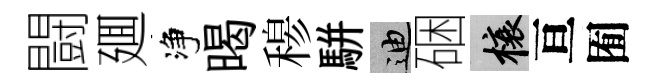
闘廽净暍𥠇駢迪硱榱亘囿